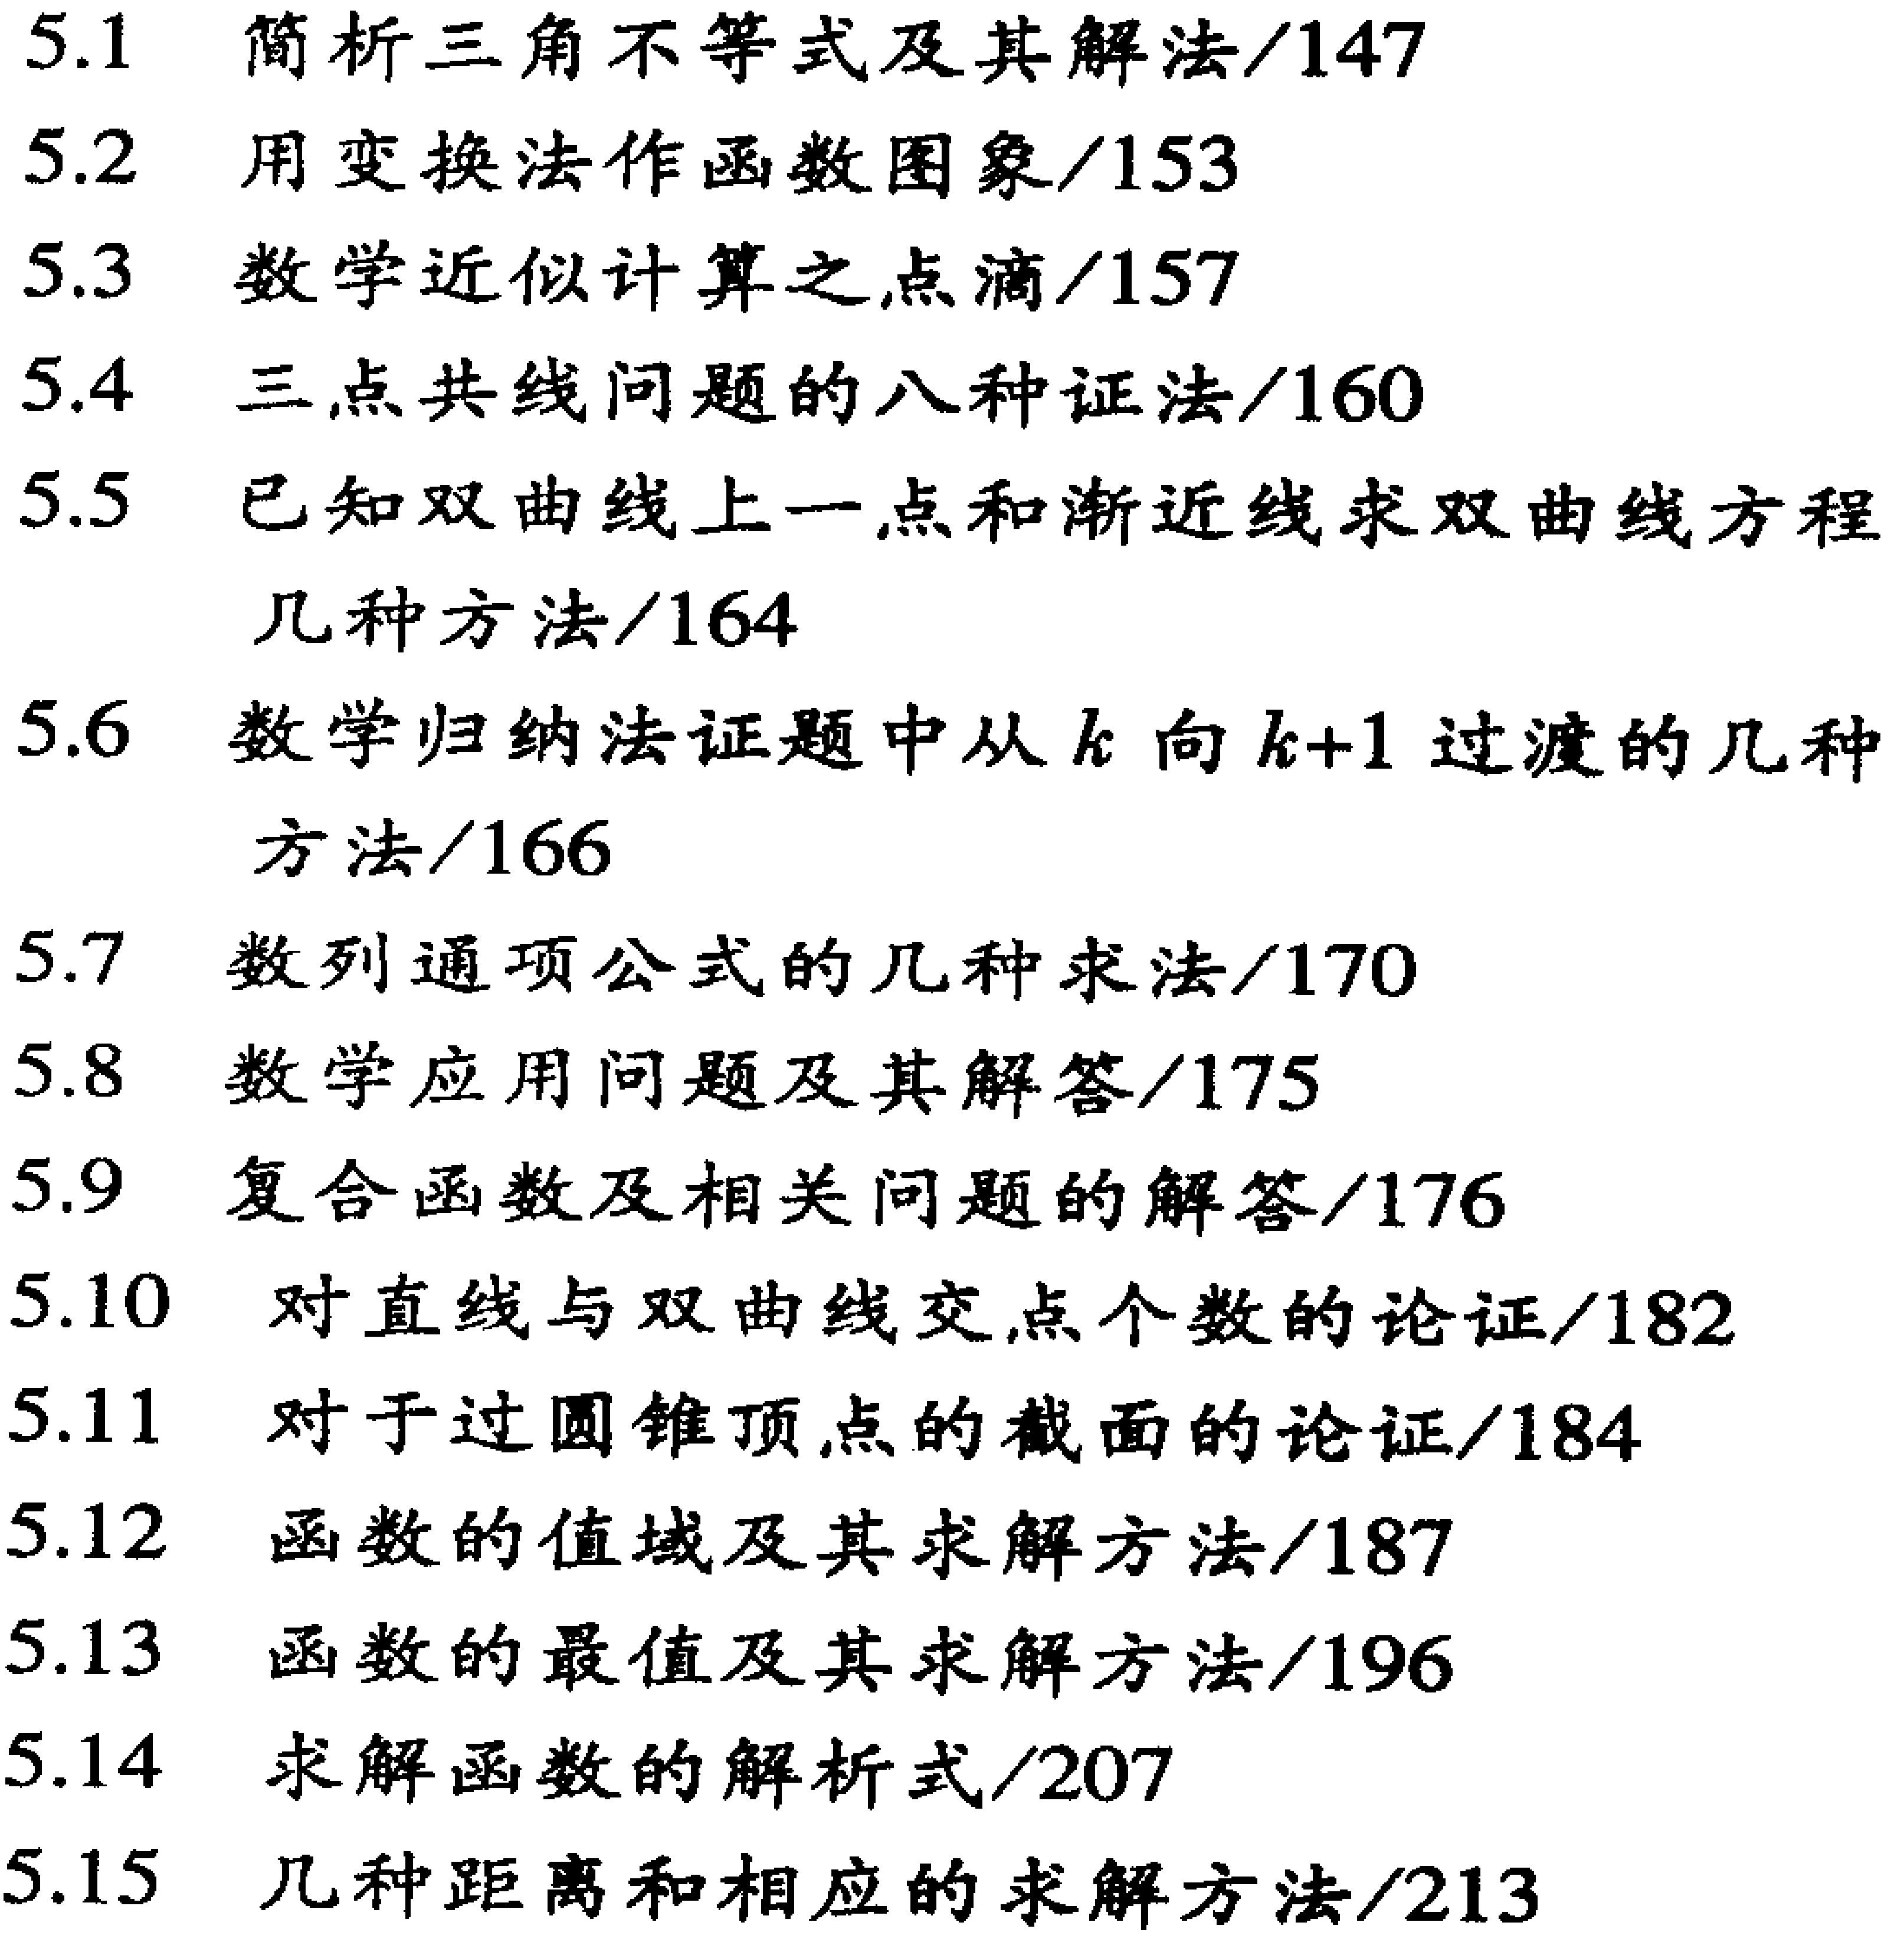
5.1 简析三角不等式及其解法/147

5.2 用变换法作函数图象/153

5.3 数学近似计算之点滴/157

5.4 三点共线问题的八种证法/160

5.5 已知双曲线上一点和渐近线求双曲线方程几种方法/164

5.6 数学归纳法证题中从\(k\)向\(k + 1\)过渡的几种方法/166

5.7 数列通项公式的几种求法/170

5.8 数学应用问题及其解答/175

5.9 复合函数及相关问题的解答/176

5.10 对直线与双曲线交点个数的论证/182

5.11 对于过圆锥顶点的截面的论证/184

5.12 函数的值域及其求解方法/187

5.13 函数的最值及其求解方法/196

5.14 求解函数的解析式/207

5.15 几种距离和相应的求解方法/213